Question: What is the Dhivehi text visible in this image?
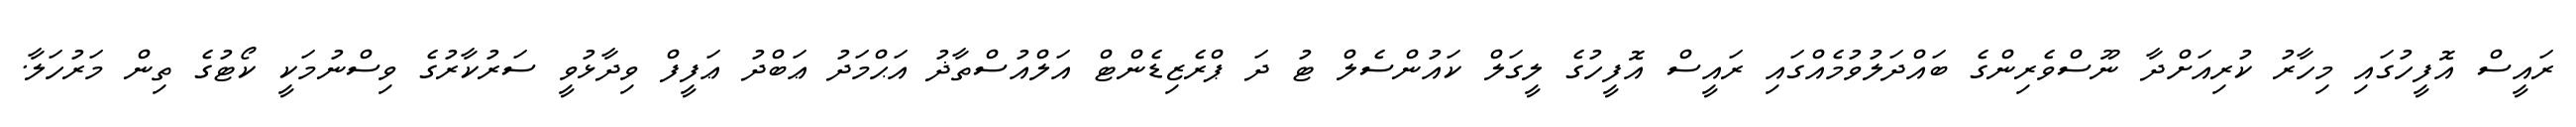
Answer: ރައީސް އޮފީހުގައި މިހާރު ކުރިއަށްދާ ނޫސްވެރިންގެ ބައްދަލުވުމެއްގައި ރައީސް އޮފީހުގެ ލީގަލް ކައުންސެލް ޓު ދަ ޕްރެޒިޑެންޓް އަލްއުސްތާޛު އަޙްމަދު ޢަބްދު ޢަފީފް ވިދާޅުވީ ސަރުކާރުގެ ވިސްނުމަކީ ކޯޓުގެ ތިން މަރުހަލާ.